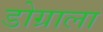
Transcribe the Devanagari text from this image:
डोग्राला